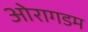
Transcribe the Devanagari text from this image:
ओरागडम